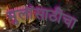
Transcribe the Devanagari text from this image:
मुलांसाठीचा